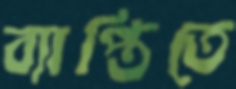
ব্যাপ্তিতে